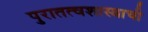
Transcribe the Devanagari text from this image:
पुरातत्वशास्त्राची